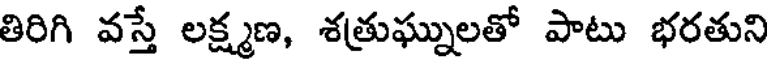
తిరిగి వస్తే లక్ష్మణ, శత్రుఘ్నులతో పాటు భరతుని